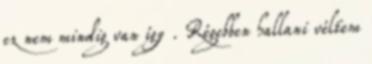
ez nem mindig van így . Régebben hallani véltem